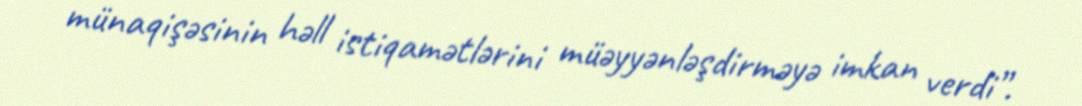
münaqişəsinin həll istiqamətlərini müəyyənləşdirməyə imkan verdi”.